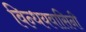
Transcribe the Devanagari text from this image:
विन्धयवासिनी